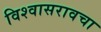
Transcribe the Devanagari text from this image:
विश्वासरावचा